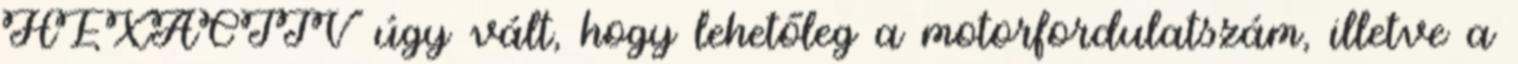
HEXACTIV úgy vált, hogy lehetőleg a motorfordulatszám, illetve a